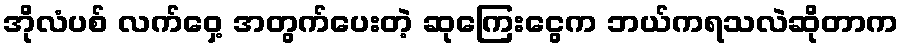
အိုလံပစ် လက်ဝှေ့ အတွက်ပေးတဲ့ ဆုကြေးငွေက ဘယ်ကရသလဲဆိုတာက